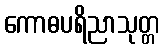
ကောဓပရိညာသုတ္တ